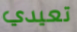
تعيدي